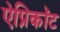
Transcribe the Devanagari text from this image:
ऐप्रिकॉट